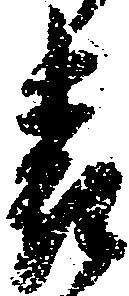
表